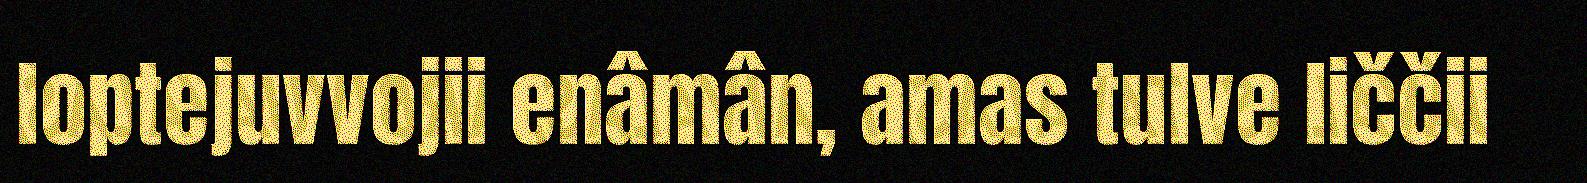
loptejuvvojii enâmân, amas tulve liččii